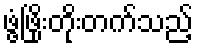
ဖွံ့ဖြိုးတိုးတက်သည့်